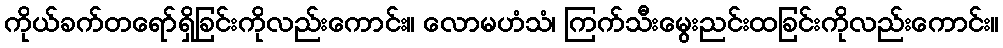
ကိုယ်ခက်တရော်ရှိခြင်းကိုလည်းကောင်း။ လောမဟံသံ၊ ကြက်သီးမွေးညင်းထခြင်းကိုလည်းကောင်း။